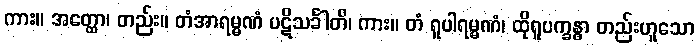
ကား။ အတ္ထော၊ တည်း။ တံအာရမ္မဏံ ပဋိသင်္ခါတိ၊ ကား။ တံ ရူပါရမ္မဏံ၊ ထိုရူပက္ခန္ဓာ တည်းဟူသော